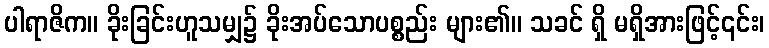
ပါရာဇိက။ ခိုးခြင်းဟူသမျှ၌ ခိုးအပ်သောပစ္စည်း များ၏။ သခင် ရှိ မရှိအားဖြင့်၎င်း၊